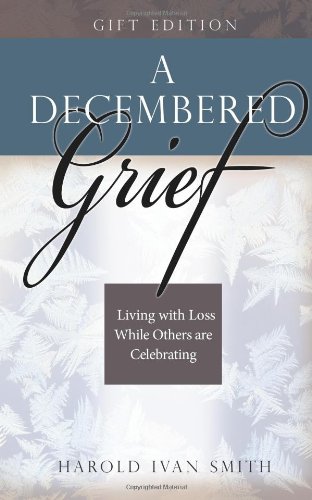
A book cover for A Decembered Grief: Living with Loss While Others are Celebrating; Harold Ivan Smith; Christian Books & Bibles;